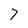
Character: 7